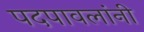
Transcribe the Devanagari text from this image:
पदपावलांनी